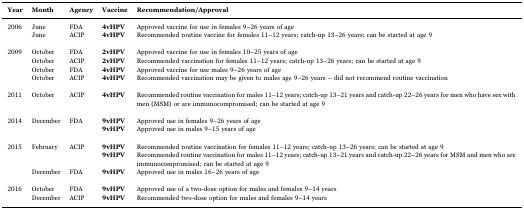
<table><thead><tr><td><b>Year</b></td><td><b>Month</b></td><td><b>Agency</b></td><td><b>Vaccine</b></td><td><b>Recommendation/Approval</b></td></tr></thead><tbody><tr><td>2006</td><td>June</td><td>FDA</td><td><b>4vHPV</b></td><td>Approved vaccine for use in females 9–26 years of age</td></tr><tr><td></td><td>June</td><td>ACIP</td><td><b>4vHPV</b></td><td>Recommended routine vaccine for females 11–12 years; catch-up 13–26 years; can be started at age 9</td></tr><tr><td colspan="5">  </td></tr><tr><td>2009</td><td>October</td><td>FDA</td><td><b>2vHPV</b></td><td>Approved vaccine for use in females 10–25 years of age</td></tr><tr><td></td><td>October</td><td>ACIP</td><td><b>2vHPV</b></td><td>Recommended vaccination for females 11–12 years; catch-up 13–26 years; can be started at age 9</td></tr><tr><td></td><td>October</td><td>FDA</td><td><b>4vHPV</b></td><td>Approved vaccine for use males 9–26 years of age</td></tr><tr><td></td><td>October</td><td>ACIP</td><td><b>4vHPV</b></td><td>Recommended vaccination may be given to males age 9–26 years – did not recommend routine vaccination</td></tr><tr><td colspan="5">  </td></tr><tr><td>2011</td><td>October</td><td>ACIP</td><td><b>4vHPV</b></td><td>Recommended routine vaccination for males 11–12 years; catch-up 13–21 years and catch-up 22–26 years for men who have sex with men (MSM) or are immunocompromised; can be started at age 9</td></tr><tr><td>  </td><td>  </td><td>  </td><td>  </td><td>  </td></tr><tr><td>2014</td><td>December</td><td>FDA</td><td><b>9vHPV</b></td><td>Approved use in females 9–26 years of age</td></tr><tr><td></td><td></td><td></td><td><b>9vHPV</b></td><td>Approved use in males 9–15 years of age</td></tr><tr><td colspan="5">  </td></tr><tr><td>2015</td><td>February</td><td>ACIP</td><td><b>9vHPV</b></td><td>Recommended routine vaccination for females 11–12 years; catch-up 13–26 years; can be started at age 9</td></tr><tr><td></td><td></td><td></td><td><b>9vHPV</b></td><td>Recommended routine vaccination for males 11–12 years; catch-up 13–21 years and catch-up 22–26 years for MSM and men who are immunocompromised; can be started at age 9</td></tr><tr><td></td><td>December</td><td>FDA</td><td><b>9vHPV</b></td><td>Approved use in males 16–26 years of age</td></tr><tr><td colspan="5">  </td></tr><tr><td>2016</td><td>October</td><td>FDA</td><td><b>9vHPV</b></td><td>Approved use of a two-dose option for males and females 9–14 years</td></tr><tr><td></td><td>December</td><td>ACIP</td><td><b>9vHPV</b></td><td>Recommended two-dose option for males and females 9–14 years</td></tr></tbody></table>